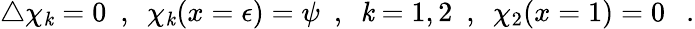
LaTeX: \bigtriangleup\chi_{\mathit{k}}=0~~,~~\chi_{\mathit{k}}(x=\epsilon)=\psi~~,{}~~\mathit{k}=1,2~~,~~\chi_{2}(x=1)=0~~~.